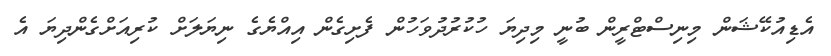
އެޑިއުކޭޝަން މިނިސްޓްރީން ބުނީ މިދިޔަ ހުކުރުދުވަހުން ފެށިގެން އިއްޔެގެ ނިޔަލަށް ކުރިއަށްގެންދިޔަ އެ